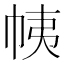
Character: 𢂒